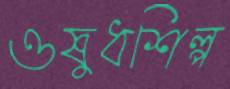
ওষুধশিল্প